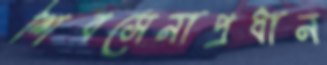
শিবসেনাপ্রধান